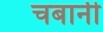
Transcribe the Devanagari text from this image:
चबानी